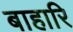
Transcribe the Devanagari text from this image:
बाहारि